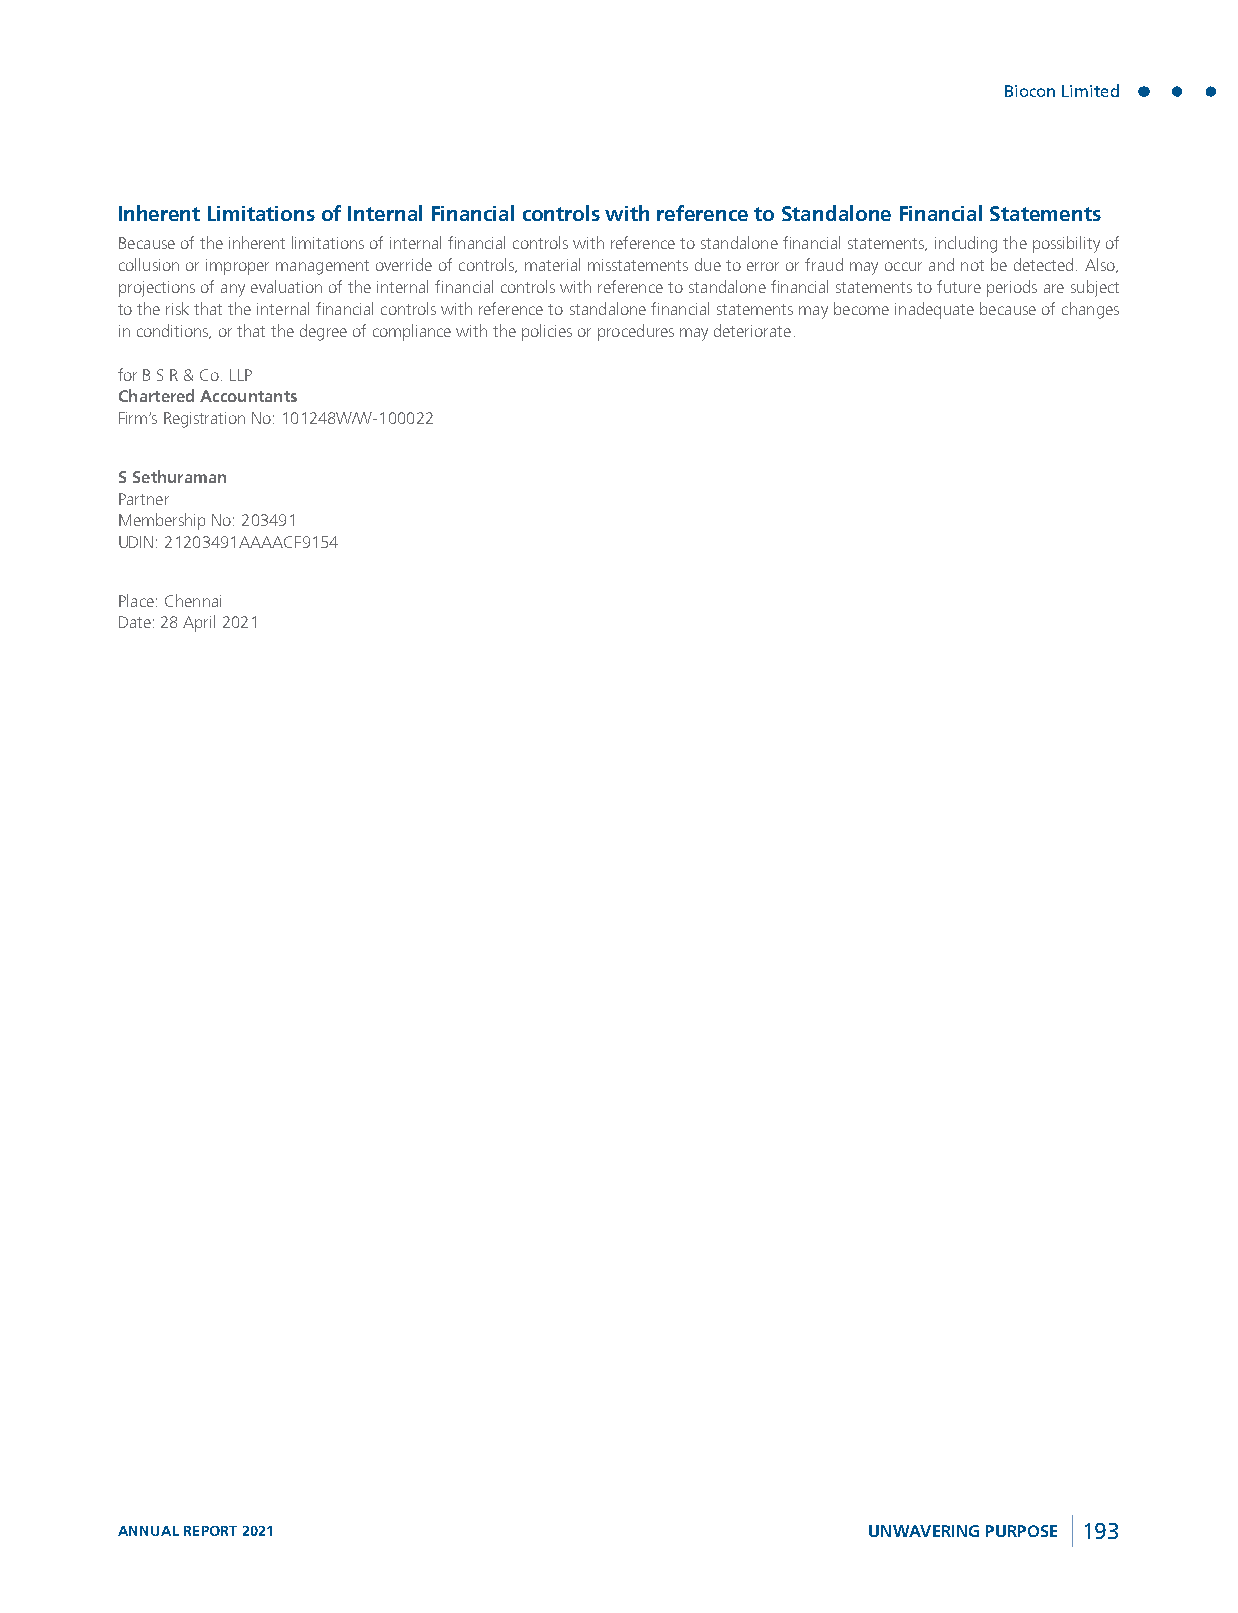
Biocon Limited
 Inherent Limitations of Internal Financial controls with reference to Standalone Financial Statements
 Because of the inherent limitations of internal financial controls with reference to standalone financial statements, including the possibility of
 collusion or improper management override of controls, material misstatements due to error or fraud may occur and not be detected. Also,
 projections of any evaluation of the internal financial controls with reference to standalone financial statements to future periods are subject
 to the risk that the internal financial controls with reference to standalone financial statements may become inadequate because of changes
 in conditions, or that the degree of compliance with the policies or procedures may deteriorate.
 for B S R & Co. LLP
 Chartered Accountants
 Firm’s Registration No: 101248W/W-100022
 S Sethuraman
 Partner
 Membership No: 203491
 UDIN: 21203491AAAACF9154
 Place: Chennai
 Date: 28 April 2021
 ANNUAL REPORT 2021                               UNWAVERING PURPOSE 193